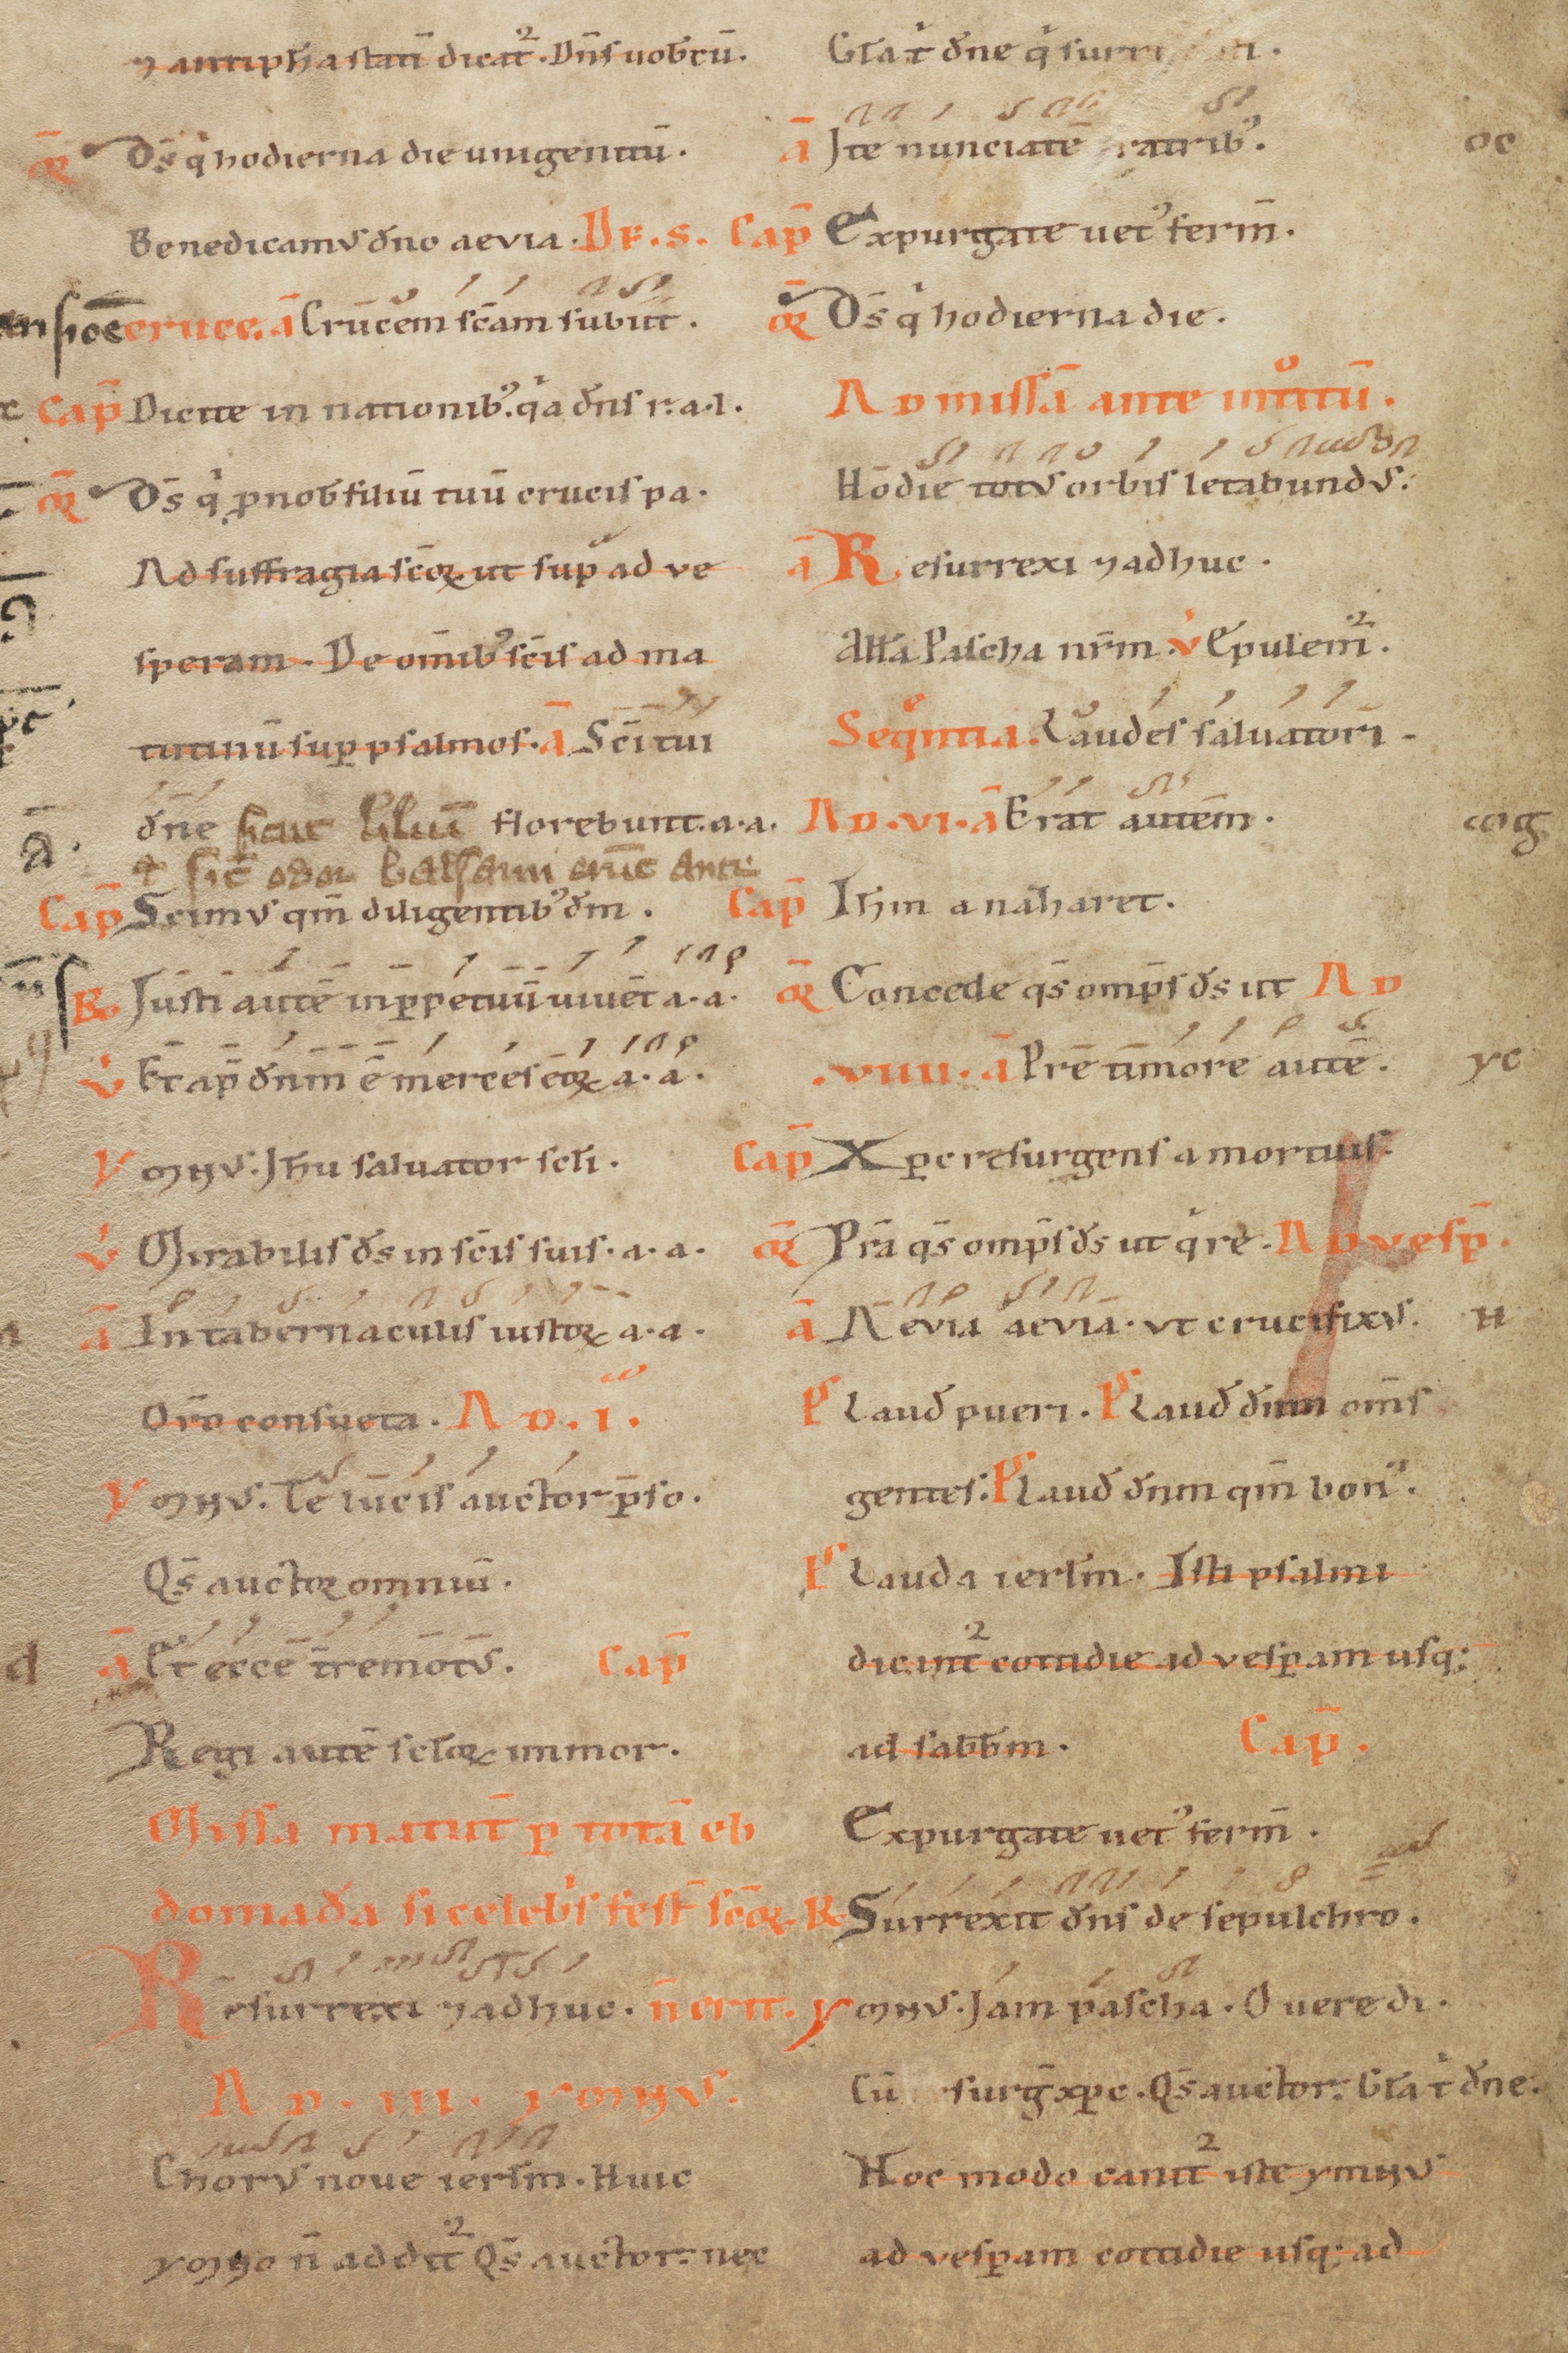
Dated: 1100–1199